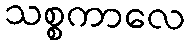
သစ္စကာလေ